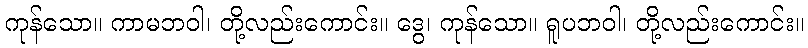
ကုန်သော။ ကာမဘဝါ၊ တို့လည်းကောင်း။ ဒွေ၊ ကုန်သော။ ရူပဘဝါ၊ တို့လည်းကောင်း။